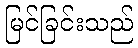
မြင်ခြင်းသည်